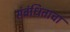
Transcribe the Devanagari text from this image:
संबंधिताचा